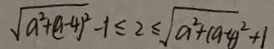
\sqrt { a ^ { 2 } + ( a - 4 ) ^ { 2 } } - 1 \leq 2 \leq \sqrt { a ^ { 2 } + ( a - 4 ) ^ { 2 } } + 1